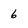
Character: 6